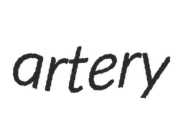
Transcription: artery